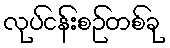
လုပ်ငန်းစဉ်တစ်ခု